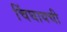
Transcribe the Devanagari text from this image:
चिंघायची